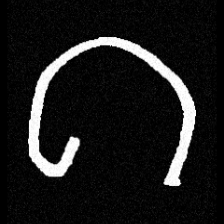
Pyu character \u2014 Myanmar letter: ဂ (romanized: ga)